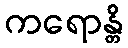
ကရောန္တိ